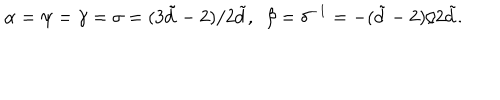
LaTeX: \alpha = \psi = \gamma = \sigma = ( 3 \tilde { d } - 2 ) / 2 \tilde { d } , \ \ \beta = \delta ^ { - 1 } = - ( \tilde { d } - 2 ) / 2 \tilde { d } .